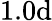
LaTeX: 1.0\mathrm{d}